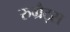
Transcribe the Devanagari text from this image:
रुग्रैट्स